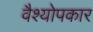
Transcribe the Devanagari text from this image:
वैश्योपकार